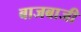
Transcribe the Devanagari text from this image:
बाजबाजी